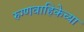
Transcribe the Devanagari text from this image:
रुग्णवाहिकेच्या